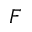
F